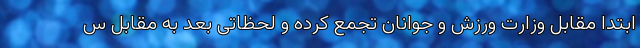
ابتدا مقابل وزارت ورزش و جوانان تجمع کرده و لحظاتی بعد به مقابل س